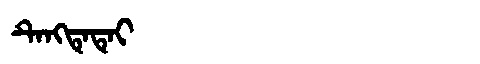
Manchu: ᡨᡝᠩᡨᡝᡨᡝᡳ
Romanization: TENGTETEI